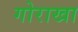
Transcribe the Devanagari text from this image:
गोराखा